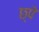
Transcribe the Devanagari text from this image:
छ्पे